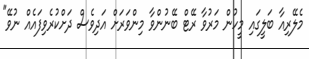
މެލޭރިއާ ބަލީގައި މީހުން މަރުވާ ރޭޓް ބޭނުންވާ މިންވަރަށް އަދިވެސް ދަށްކުރެވިފައެއް ނުވޭ"